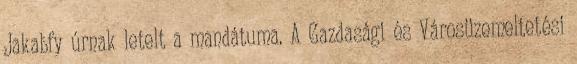
Jakabfy úrnak letelt a mandátuma. A Gazdasági és Városüzemeltetési